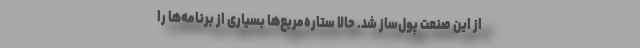
از این صنعت پول‌ساز شد. حالا ستاره‌‌مربع‌ها بسیاری از برنامه‌ها را